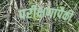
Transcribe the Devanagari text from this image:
परीक्षणांपैकी